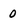
Character: 0